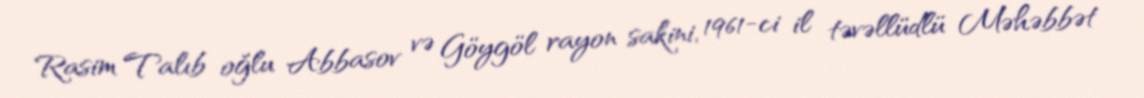
Rasim Talıb oğlu Abbasov və Göygöl rayon sakini, 1961-ci il təvəllüdlü Məhəbbət